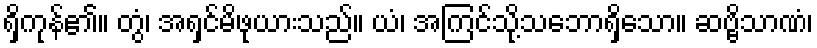
ရှိကုန်၏။ တွံ၊ အရှင်မိဖုယားသည်။ ယံ၊ အကြင်သို့သဘောရှိသော။ ဆဗ္ဗိသာဏံ၊